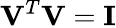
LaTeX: \mathbf{V}^{T}\mathbf{V}=\mathbf{I}